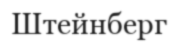
Штейнберг